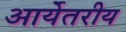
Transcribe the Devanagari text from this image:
आर्येतरीय